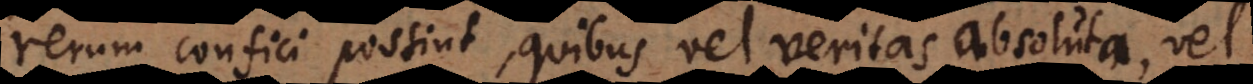
rerum confici possint, quibus vel veritas absoluta, vel